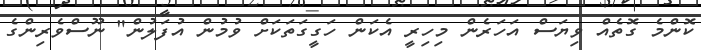
ކޮންމެ ގޮތެއް ވިޔަސް އަހަރެން މިހިރީ އެކަން ހަގީގަތަކަށް ވުމުން އުފަލުން" ނޫސްވެރިންގެ